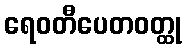
ရေဝတီပေတဝတ္ထု